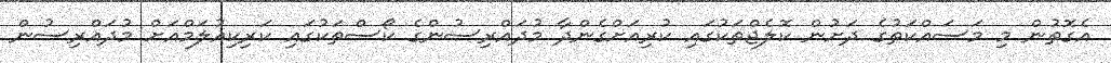
އެގޮތުން މި މަސައްކަތުގެ ދަށުން ކޮލެޖްތަކުގައި ކުރިއަށްގެންދާ މުދައްރިސުންގެ ކޯސްތަކުގައި ކަރިކިއުލަމްއަށް މުދައްރިސުން